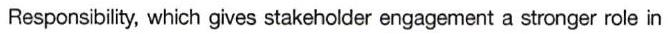
Responsibility, which gives stakeholder engagement a stronger role in